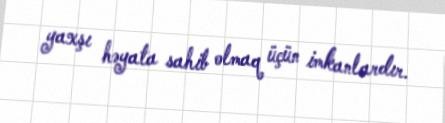
yaxşı həyata sahib olmaq üçün imkanlardır.